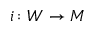
i \colon W \to M